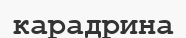
карадрина